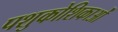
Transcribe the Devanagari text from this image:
पशुकोशिकाओं